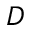
D